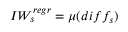
I W _ { s } ^ { r e g r } = \mu ( d i f f _ { s } )